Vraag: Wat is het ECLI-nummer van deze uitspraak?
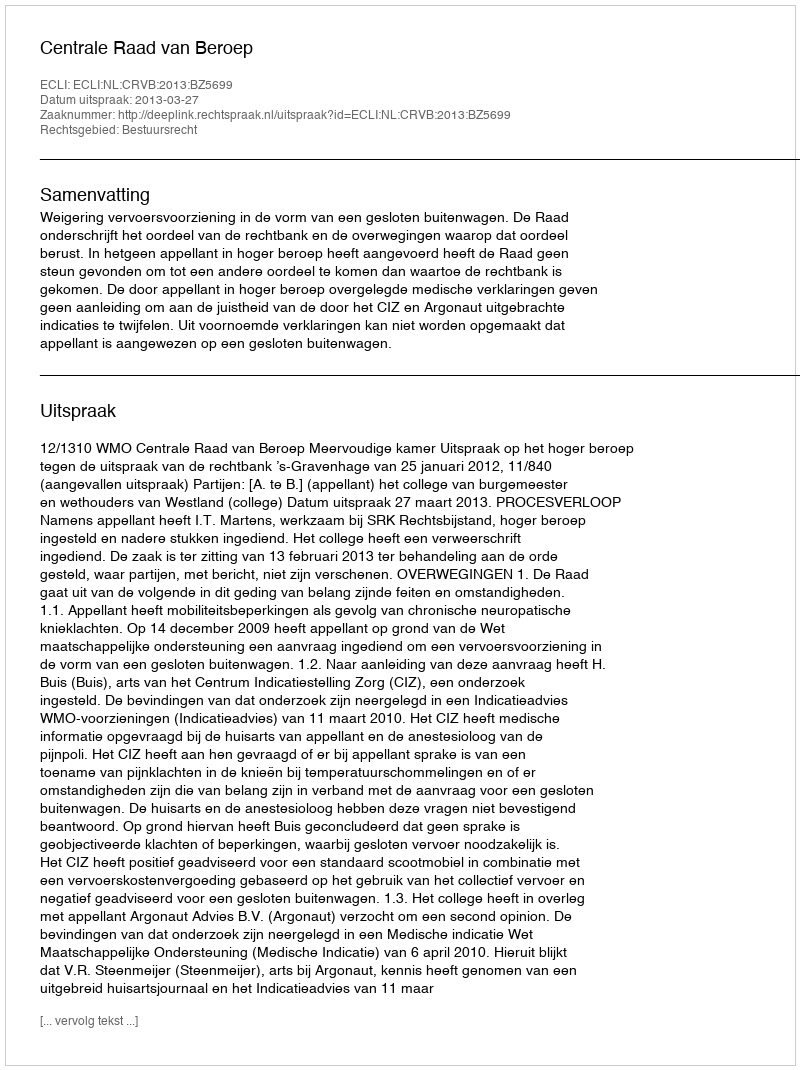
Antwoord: ECLI:NL:CRVB:2013:BZ5699